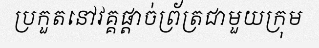
ប្រកួតនៅវគ្គផ្តាច់ព្រ័ត្រជាមួយក្រុម